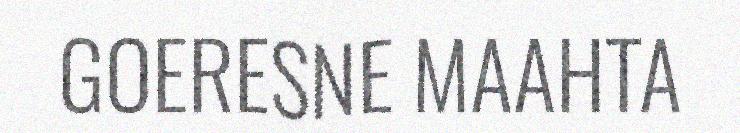
GOERESNE MAAHTA